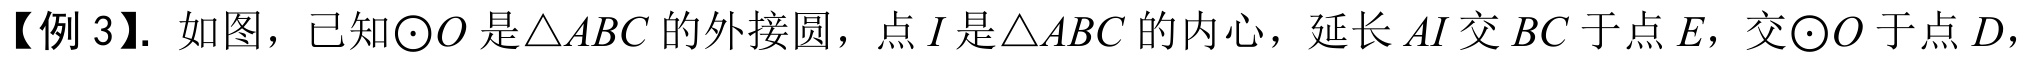
【例 3】. 如图，已知\(\odot O\)是\(\triangle ABC\)的外接圆，点\(I\)是\(\triangle ABC\)的内心，延长\(AI\)交\(BC\)于点\(E\)，交\(\odot O\)于点\(D\)，